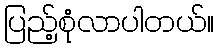
ပြည့်စုံလာပါတယ်။